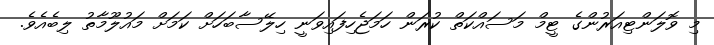
މި ވޮލަންޓިއަރުންގެ ޓީމް މަސައްކަތް ކުރަން ހަމަޖެހިފައިވަނީ ހިލޭސާބަހަށް ކަމަށް މައުލޫމާތު ލިބެއެވެ.